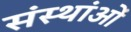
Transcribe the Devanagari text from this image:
संस्थांओं